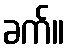
ခက်။